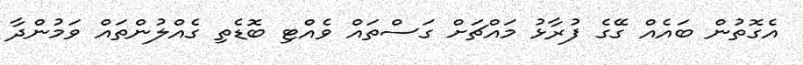
އެގޮތުން ބައެއް ގޭގެ ފުރާޅު މައްޗަށް ގަސްތައް ވެއްޓި ބޮޑެތި ގެއްލުންތައް ވަމުންދާ